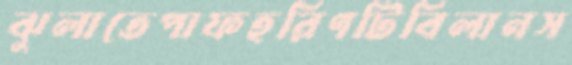
ঝুলাতেপাফহরিণটিবিলানস